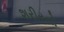
શરીરનો